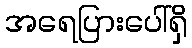
အရေပြားပေါ်ရှိ